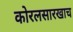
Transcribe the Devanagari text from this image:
कोरलसारखाच